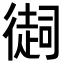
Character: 𢕳